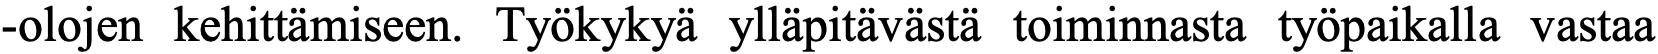
-olojen kehittämiseen. Työkykyä ylläpitävästä toiminnasta työpaikalla vastaa